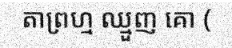
តាព្រហ្ម ឈ្មួញ គោ (